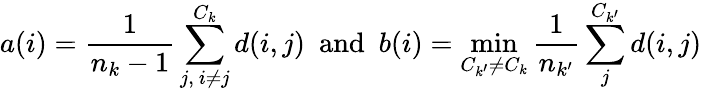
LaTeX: a(i)=\frac{1}{n_{k}-1}\sum_{j,~i\ne j}^{C_{k}}d(i,j)~~\mathrm{and}~~b(i)=\operatorname*{min}_{C_{k^{\prime}}\ne C_{k}}\frac{1}{n_{k^{\prime}}}\sum_{j}^{C_{k^{\prime}}}d(i,j)